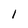
Character: I